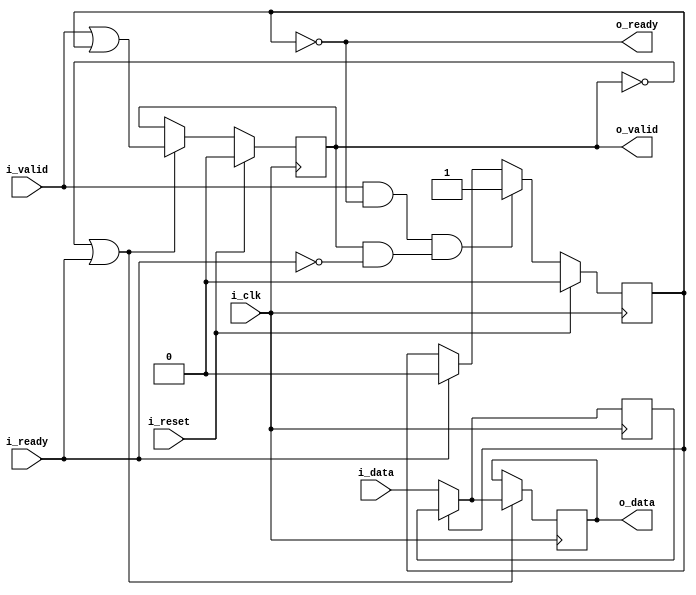
`default_nettype none
module skidbuffer #(
		// {{{
		parameter	[0:0]	OPT_LOWPOWER = 0,
		parameter	[0:0]	OPT_OUTREG = 1,
		//
		parameter	[0:0]	OPT_PASSTHROUGH = 0,
		parameter		DW = 8,
		parameter	[0:0]	OPT_INITIAL = 1'b1
		// }}}
	) (
		// {{{
		input	wire			i_clk, i_reset,
		input	wire			i_valid,
		output	wire			o_ready,
		input	wire	[DW-1:0]	i_data,
		output	wire			o_valid,
		input	wire			i_ready,
		output	reg	[DW-1:0]	o_data
		// }}}
	);

	wire	[DW-1:0]	w_data;

	generate if (OPT_PASSTHROUGH)
	begin : PASSTHROUGH
		// {{{
		assign	{ o_valid, o_ready } = { i_valid, i_ready };

		always @(*)
		if (!i_valid && OPT_LOWPOWER)
			o_data = 0;
		else
			o_data = i_data;

		assign	w_data = 0;

		// Keep Verilator happy
		// Verilator lint_off UNUSED
		// {{{
		wire	unused_passthrough;
		assign	unused_passthrough = &{ 1'b0, i_clk, i_reset };
		// }}}
		// Verilator lint_on  UNUSED
		// }}}
	end else begin : LOGIC
		// We'll start with skid buffer itself
		// {{{
		reg			r_valid;
		reg	[DW-1:0]	r_data;

		// r_valid
		// {{{
		initial if (OPT_INITIAL) r_valid = 0;
		always @(posedge i_clk)
		if (i_reset)
			r_valid <= 0;
		else if ((i_valid && o_ready) && (o_valid && !i_ready))
			// We have incoming data, but the output is stalled
			r_valid <= 1;
		else if (i_ready)
			r_valid <= 0;
		// }}}

		// r_data
		// {{{
		initial if (OPT_INITIAL) r_data = 0;
		always @(posedge i_clk)
		if (OPT_LOWPOWER && i_reset)
			r_data <= 0;
		else if (OPT_LOWPOWER && (!o_valid || i_ready))
			r_data <= 0;
		else if ((!OPT_LOWPOWER || !OPT_OUTREG || i_valid) && o_ready)
			r_data <= i_data;

		assign	w_data = r_data;
		// }}}

		// o_ready
		// {{{
		assign o_ready = !r_valid;
		// }}}

		//
		// And then move on to the output port
		//
		if (!OPT_OUTREG)
		begin : NET_OUTPUT
			// Outputs are combinatorially determined from inputs
			// {{{
			// o_valid
			// {{{
			assign	o_valid = !i_reset && (i_valid || r_valid);
			// }}}

			// o_data
			// {{{
			always @(*)
			if (r_valid)
				o_data = r_data;
			else if (!OPT_LOWPOWER || i_valid)
				o_data = i_data;
			else
				o_data = 0;
			// }}}
			// }}}
		end else begin : REG_OUTPUT
			// Register our outputs
			// {{{
			// o_valid
			// {{{
			reg	ro_valid;

			initial if (OPT_INITIAL) ro_valid = 0;
			always @(posedge i_clk)
			if (i_reset)
				ro_valid <= 0;
			else if (!o_valid || i_ready)
				ro_valid <= (i_valid || r_valid);

			assign	o_valid = ro_valid;
			// }}}

			// o_data
			// {{{
			initial if (OPT_INITIAL) o_data = 0;
			always @(posedge i_clk)
			if (OPT_LOWPOWER && i_reset)
				o_data <= 0;
			else if (!o_valid || i_ready)
			begin

				if (r_valid)
					o_data <= r_data;
				else if (!OPT_LOWPOWER || i_valid)
					o_data <= i_data;
				else
					o_data <= 0;
			end
			// }}}

			// }}}
		end
		// }}}
	end endgenerate

	// Keep Verilator happy
	// {{{
	// Verilator lint_off UNUSED
	wire	unused;
	assign	unused = &{ 1'b0, w_data };
	// Verilator lint_on  UNUSED
	// }}}
////////////////////////////////////////////////////////////////////////////////
////////////////////////////////////////////////////////////////////////////////
////////////////////////////////////////////////////////////////////////////////
//
// Formal properties
// {{{
////////////////////////////////////////////////////////////////////////////////
////////////////////////////////////////////////////////////////////////////////
////////////////////////////////////////////////////////////////////////////////
`ifdef	FORMAL
`ifdef	SKIDBUFFER
`define	ASSUME	assume
`else
`define	ASSUME	assert
`endif

	reg	f_past_valid;

	initial	f_past_valid = 0;
	always @(posedge i_clk)
		f_past_valid <= 1;

	always @(*)
	if (!f_past_valid)
		assume(i_reset);

	////////////////////////////////////////////////////////////////////////
	//
	// Incoming stream properties / assumptions
	// {{{
	////////////////////////////////////////////////////////////////////////
	//
	always @(posedge i_clk)
	if (!f_past_valid)
	begin
		`ASSUME(!i_valid || !OPT_INITIAL);
	end else if ($past(i_valid && !o_ready && !i_reset) && !i_reset)
		`ASSUME(i_valid && $stable(i_data));

`ifdef	VERIFIC
`define	FORMAL_VERIFIC
	// Reset properties
	property RESET_CLEARS_IVALID;
		@(posedge i_clk) i_reset |=> !i_valid;
	endproperty

	property IDATA_HELD_WHEN_NOT_READY;
		@(posedge i_clk) disable iff (i_reset)
		i_valid && !o_ready |=> i_valid && $stable(i_data);
	endproperty

`ifdef	SKIDBUFFER
	assume	property (IDATA_HELD_WHEN_NOT_READY);
`else
	assert	property (IDATA_HELD_WHEN_NOT_READY);
`endif
`endif
	// }}}
	////////////////////////////////////////////////////////////////////////
	//
	// Outgoing stream properties / assumptions
	// {{{
	////////////////////////////////////////////////////////////////////////
	//

	generate if (!OPT_PASSTHROUGH)
	begin

		always @(posedge i_clk)
		if (!f_past_valid) // || $past(i_reset))
		begin
			// Following any reset, valid must be deasserted
			assert(!o_valid || !OPT_INITIAL);
		end else if ($past(o_valid && !i_ready && !i_reset) && !i_reset)
			// Following any stall, valid must remain high and
			// data must be preserved
			assert(o_valid && $stable(o_data));

	end endgenerate
	// }}}
	////////////////////////////////////////////////////////////////////////
	//
	// Other properties
	// {{{
	////////////////////////////////////////////////////////////////////////
	//
	//
	generate if (!OPT_PASSTHROUGH)
	begin
		// Rule #1:
		//	If registered, then following any reset we should be
		//	ready for a new request
		// {{{
		always @(posedge i_clk)
		if (f_past_valid && $past(OPT_OUTREG && i_reset))
			assert(o_ready);
		// }}}

		// Rule #2:
		//	All incoming data must either go directly to the
		//	output port, or into the skid buffer
		// {{{
`ifndef	VERIFIC
		always @(posedge i_clk)
		if (f_past_valid && !$past(i_reset) && $past(i_valid && o_ready
			&& (!OPT_OUTREG || o_valid) && !i_ready))
			assert(!o_ready && w_data == $past(i_data));
`else
		assert property (@(posedge i_clk)
			disable iff (i_reset)
			(i_valid && o_ready
				&& (!OPT_OUTREG || o_valid) && !i_ready)
				|=> (!o_ready && w_data == $past(i_data)));
`endif
		// }}}

		// Rule #3:
		//	After the last transaction, o_valid should become idle
		// {{{
		if (!OPT_OUTREG)
		begin
			// {{{
			always @(posedge i_clk)
			if (f_past_valid && !$past(i_reset) && !i_reset
					&& $past(i_ready))
			begin
				assert(o_valid == i_valid);
				assert(!i_valid || (o_data == i_data));
			end
			// }}}
		end else begin
			// {{{
			always @(posedge i_clk)
			if (f_past_valid && !$past(i_reset))
			begin
				if ($past(i_valid && o_ready))
					assert(o_valid);

				if ($past(!i_valid && o_ready && i_ready))
					assert(!o_valid);
			end
			// }}}
		end
		// }}}

		// Rule #4
		//	Same thing, but this time for o_ready
		// {{{
		always @(posedge i_clk)
		if (f_past_valid && $past(!o_ready && i_ready))
			assert(o_ready);
		// }}}

		// If OPT_LOWPOWER is set, o_data and w_data both need to be
		// zero any time !o_valid or !r_valid respectively
		// {{{
		if (OPT_LOWPOWER)
		begin
			always @(*)
			if ((OPT_OUTREG || !i_reset) && !o_valid)
				assert(o_data == 0);

			always @(*)
			if (o_ready)
				assert(w_data == 0);

		end
		// }}}
	end endgenerate
	// }}}
	////////////////////////////////////////////////////////////////////////
	//
	// Cover checks
	// {{{
	////////////////////////////////////////////////////////////////////////
	//
	//
`ifdef	SKIDBUFFER
	generate if (!OPT_PASSTHROUGH)
	begin
		reg	f_changed_data;

		initial	f_changed_data = 0;
		always @(posedge i_clk)
		if (i_reset)
			f_changed_data <= 1;
		else if (i_valid && $past(!i_valid || o_ready))
		begin
			if (i_data != $past(i_data + 1))
				f_changed_data <= 0;
		end else if (!i_valid && i_data != 0)
			f_changed_data <= 0;


`ifndef	VERIFIC
		reg	[3:0]	cvr_steps, cvr_hold;

		always @(posedge i_clk)
		if (i_reset)
		begin
			cvr_steps <= 0;
			cvr_hold  <= 0;
		end else begin
			cvr_steps <= cvr_steps + 1;
			cvr_hold  <= cvr_hold  + 1;
			case(cvr_steps)
			 0: if (o_valid || i_valid)
				cvr_steps <= 0;
			 1: if (!i_valid || !i_ready)
				cvr_steps <= 0;
			 2: if (!i_valid || !i_ready)
				cvr_steps <= 0;
			 3: if (!i_valid || !i_ready)
				cvr_steps <= 0;
			 4: if (!i_valid ||  i_ready)
				cvr_steps <= 0;
			 5: if (!i_valid || !i_ready)
				cvr_steps <= 0;
			 6: if (!i_valid || !i_ready)
				cvr_steps <= 0;
			 7: if (!i_valid ||  i_ready)
				cvr_steps <= 0;
			 8: if (!i_valid ||  i_ready)
				cvr_steps <= 0;
			 9: if (!i_valid || !i_ready)
				cvr_steps <= 0;
			10: if (!i_valid || !i_ready)
				cvr_steps <= 0;
			11: if (!i_valid || !i_ready)
				cvr_steps <= 0;
			12: begin
				cvr_steps <= cvr_steps;
				cover(!o_valid && !i_valid && f_changed_data);
				if (!o_valid || !i_ready)
					cvr_steps <= 0;
				else
					cvr_hold <= cvr_hold + 1;
				end
			default: assert(0);
			endcase
		end

`else
		// Cover test
		cover property (@(posedge i_clk)
			disable iff (i_reset)
			(!o_valid && !i_valid)
			##1 i_valid &&  i_ready [*3]
			##1 i_valid && !i_ready
			##1 i_valid &&  i_ready [*2]
			##1 i_valid && !i_ready [*2]
			##1 i_valid &&  i_ready [*3]
			// Wait for the design to clear
			##1 o_valid && i_ready [*0:5]
			##1 (!o_valid && !i_valid && f_changed_data));
`endif
	end endgenerate
`endif	// SKIDBUFFER
	// }}}
`endif
// }}}
endmodule
`default_nettype wire